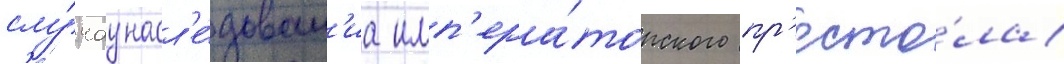
слу́чау насл'е́дован'иа имп'ера́торского пр'есто́ла